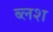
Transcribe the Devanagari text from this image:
ब्लश